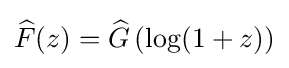
{\widehat {F}}(z)={\widehat {G}}\left(\log(1+z)\right)